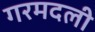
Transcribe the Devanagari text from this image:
गरमदली